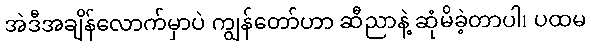
အဲဒီအချိန်လောက်မှာပဲ ကျွန်တော်ဟာ ဆီညာနဲ့ ဆုံမိခဲ့တာပါ၊ ပထမ